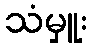
သံမှူး